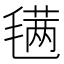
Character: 𣯣